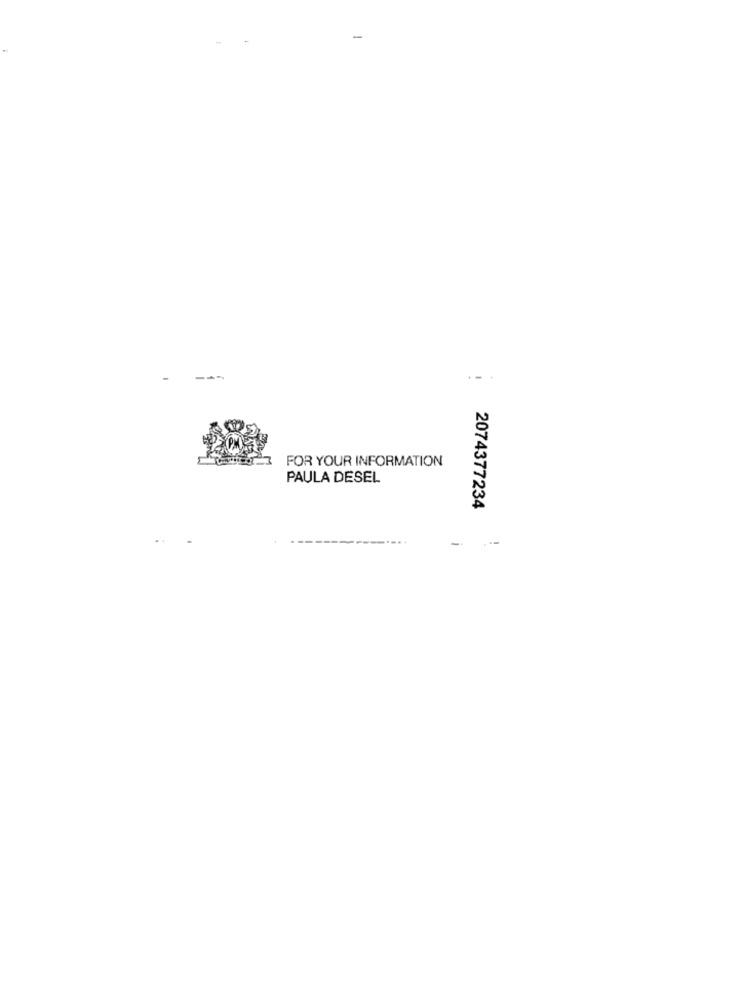
--
FOR YOUR INFORMATION
PAULA DESEL
2074377234